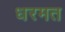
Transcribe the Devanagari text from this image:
धरमत